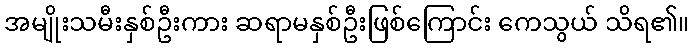
အမျိုးသမီးနှစ်ဦးကား ဆရာမနှစ်ဦးဖြစ်ကြောင်း ကေသွယ် သိရ၏။